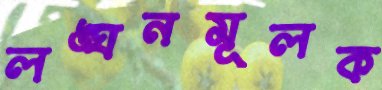
লঙ্ঘনমূলক